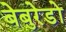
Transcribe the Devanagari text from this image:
बेबुरेडों